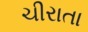
ચીરાતા